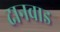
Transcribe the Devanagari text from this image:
दानवाड